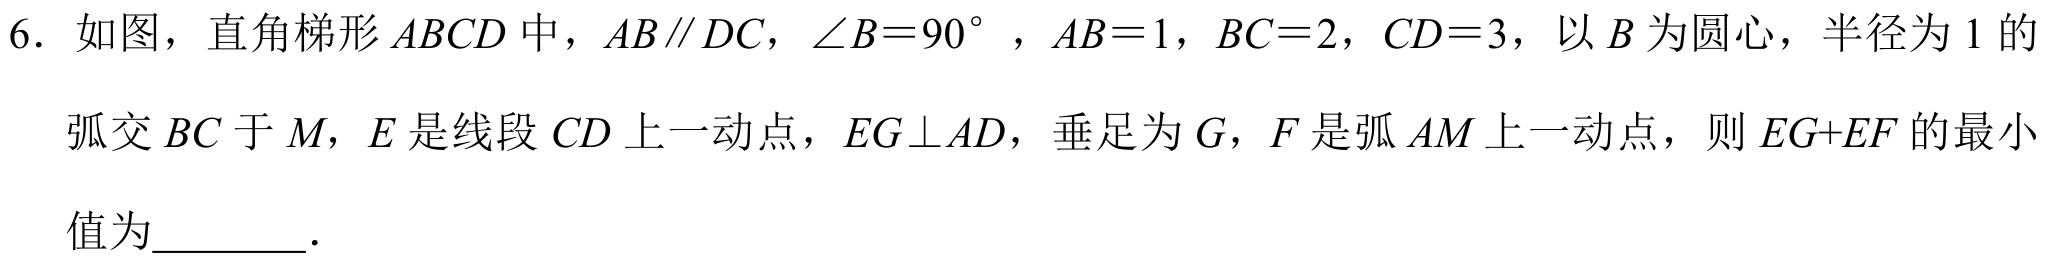
6. 如图，直角梯形\(ABCD\)中，\(AB\parallel DC\)，\(\angle B = 90^{\circ}\)，\(AB = 1\)，\(BC = 2\)，\(CD = 3\)，以\(B\)为圆心，半径为\(1\)的
弧交\(BC\)于\(M\)，\(E\)是线段\(CD\)上一动点，\(EG\perp AD\)，垂足为\(G\)，\(F\)是弧\(AM\)上一动点，则\(EG + EF\)的最小
值为  ．